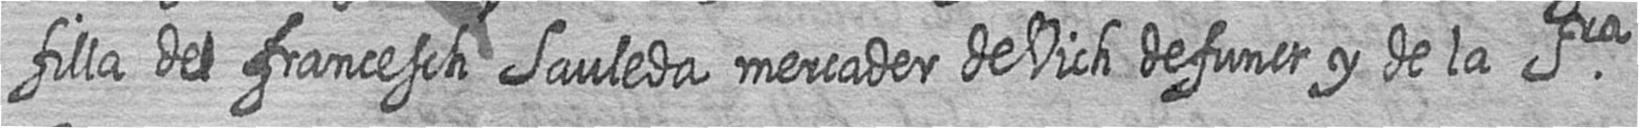
filla de francesch Sauleda mercader de Vich defunct y de la Sra